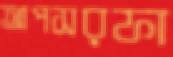
আপসরফা